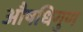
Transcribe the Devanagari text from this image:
औषधिगुण